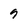
Character: 9